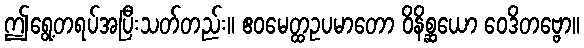
ဤရွေ့တရပ်အပြီးသတ်တည်း။ ဧဝမေတ္ထဥပမာတော ဝိနိစ္ဆယော ဝေဒိတဗ္ဗော။